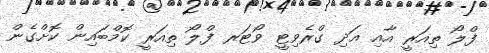
ފްލޯ ތިއަރީ އާއި އަދި ގްރެވިޓީ ވޯޓަރ ފްލޯ ތިއަރީ ކޮމްބައިން ކޮށްގެން